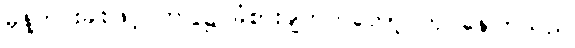
မုန့်ဟင်းခါးဖြင့် ဤပွဲ၌ ခံစားချက်ကတော့ ကုပ်နေကြသည်